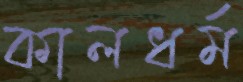
কালধর্ম